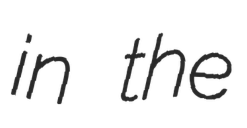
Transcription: in the